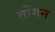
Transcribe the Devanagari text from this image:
तोंगन